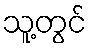
သူ့တွင်